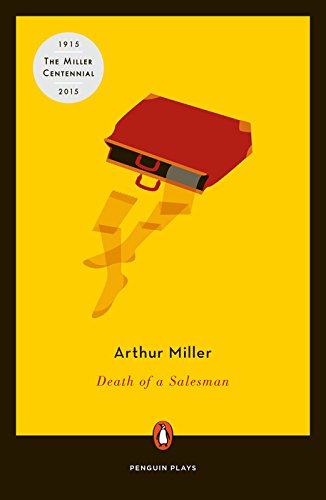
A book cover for Death of a Salesman (Penguin Plays); Arthur Miller; Literature & Fiction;